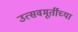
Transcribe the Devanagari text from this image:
उत्सवमूर्तीच्या